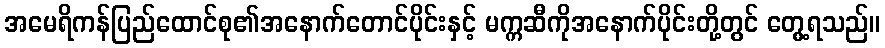
အမေရိကန်ပြည်ထောင်စု၏အနောက်တောင်ပိုင်းနှင့် မက္ကဆီကိုအနောက်ပိုင်းတို့တွင် တွေ့ရသည်။